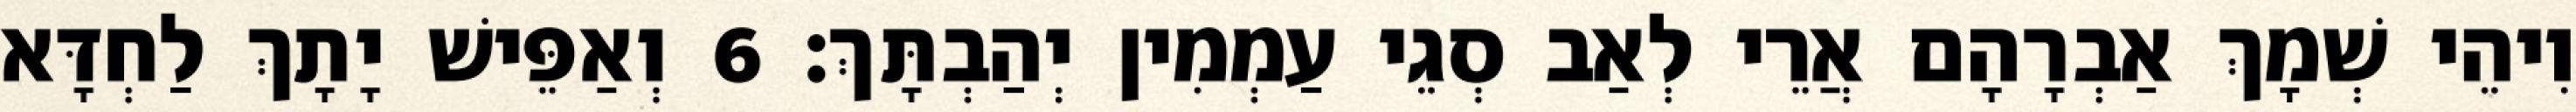
וִיהֵי שְׁמָךְ אַבְרָהָם אֲרֵי לְאַב סְגֵי עַמְמִין יְהַבְתָּךְ׃ 6 וְאַפֵּישׁ יָתָךְ לַחְדָּא